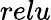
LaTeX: relu